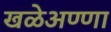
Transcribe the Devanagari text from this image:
खळेअण्णा